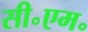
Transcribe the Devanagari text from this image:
सी॰एम॰